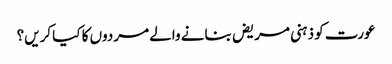
عورت کو ذہنی مریض بنانے والے مردوں کا کیا کریں؟